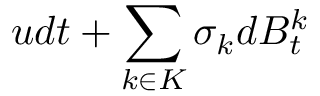
u d t + \sum _ { k \in K } \sigma _ { k } d B _ { t } ^ { k }